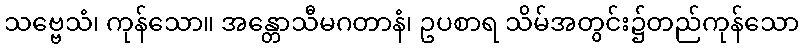
သဗ္ဗေသံ၊ ကုန်သော။ အန္တောသီမဂတာနံ၊ ဥပစာရ သိမ်အတွင်း၌တည်ကုန်သော